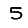
Digit: 5